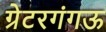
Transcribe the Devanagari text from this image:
ग्रेटरगंगऊ